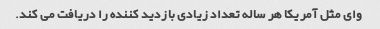
وای مثل آمریکا هر ساله تعداد زیادی بازدید کننده را دریافت می کند.